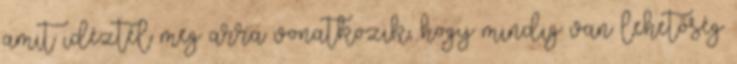
amit idéztél meg arra vonatkozik, hogy mindig van lehetőség